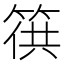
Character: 𥯏